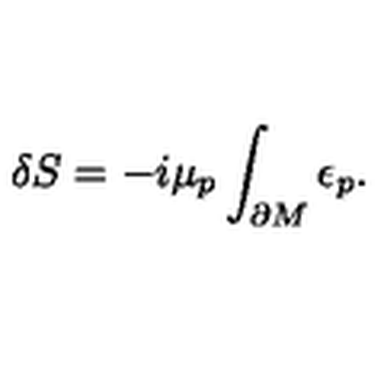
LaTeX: \delta S = - i \mu _ { p } \int _ { \partial M } \epsilon _ { p } .